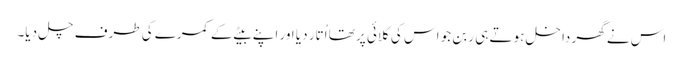
اس نے گھر داخل ہوتے ہی ربن جو اس کی کلائی پر تھا اُتار دیا اور اپنے بیٹے کے کمرے کی طرف چل دیا۔